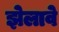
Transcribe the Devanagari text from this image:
झेलावे